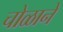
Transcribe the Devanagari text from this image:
चोळाने